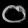
Digit: ၀